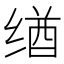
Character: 𬘶